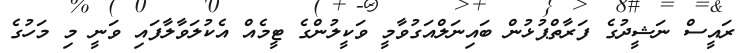
ރައީސް ނަޝީދުގެ ފަރާތްޕުޅުން ބައިނަލްއަގުވާމީ ވަކީލުންގެ ޓީމެއް އެކުލަވާލާފައި ވަނީ މި މަހުގެ